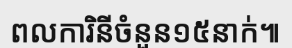
ពលការិនីចំនួន១៥នាក់៕